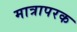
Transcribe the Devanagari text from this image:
मात्रापरक